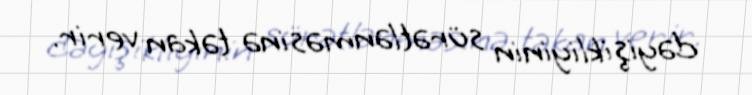
dəyişikliyinin sürətlənməsinə təkan verir.